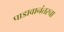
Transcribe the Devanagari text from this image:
पाडावानंतरचा